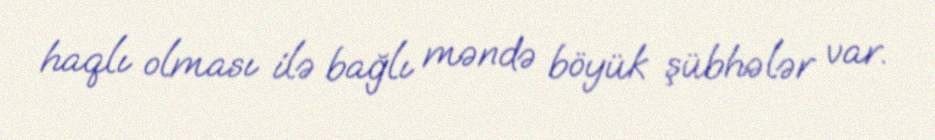
haqlı olması ilə bağlı məndə böyük şübhələr var.